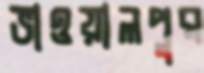
ভাওয়ালপুর